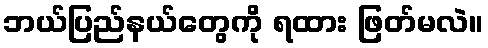
ဘယ်ပြည်နယ်တွေကို ရထား ဖြတ်မလဲ။